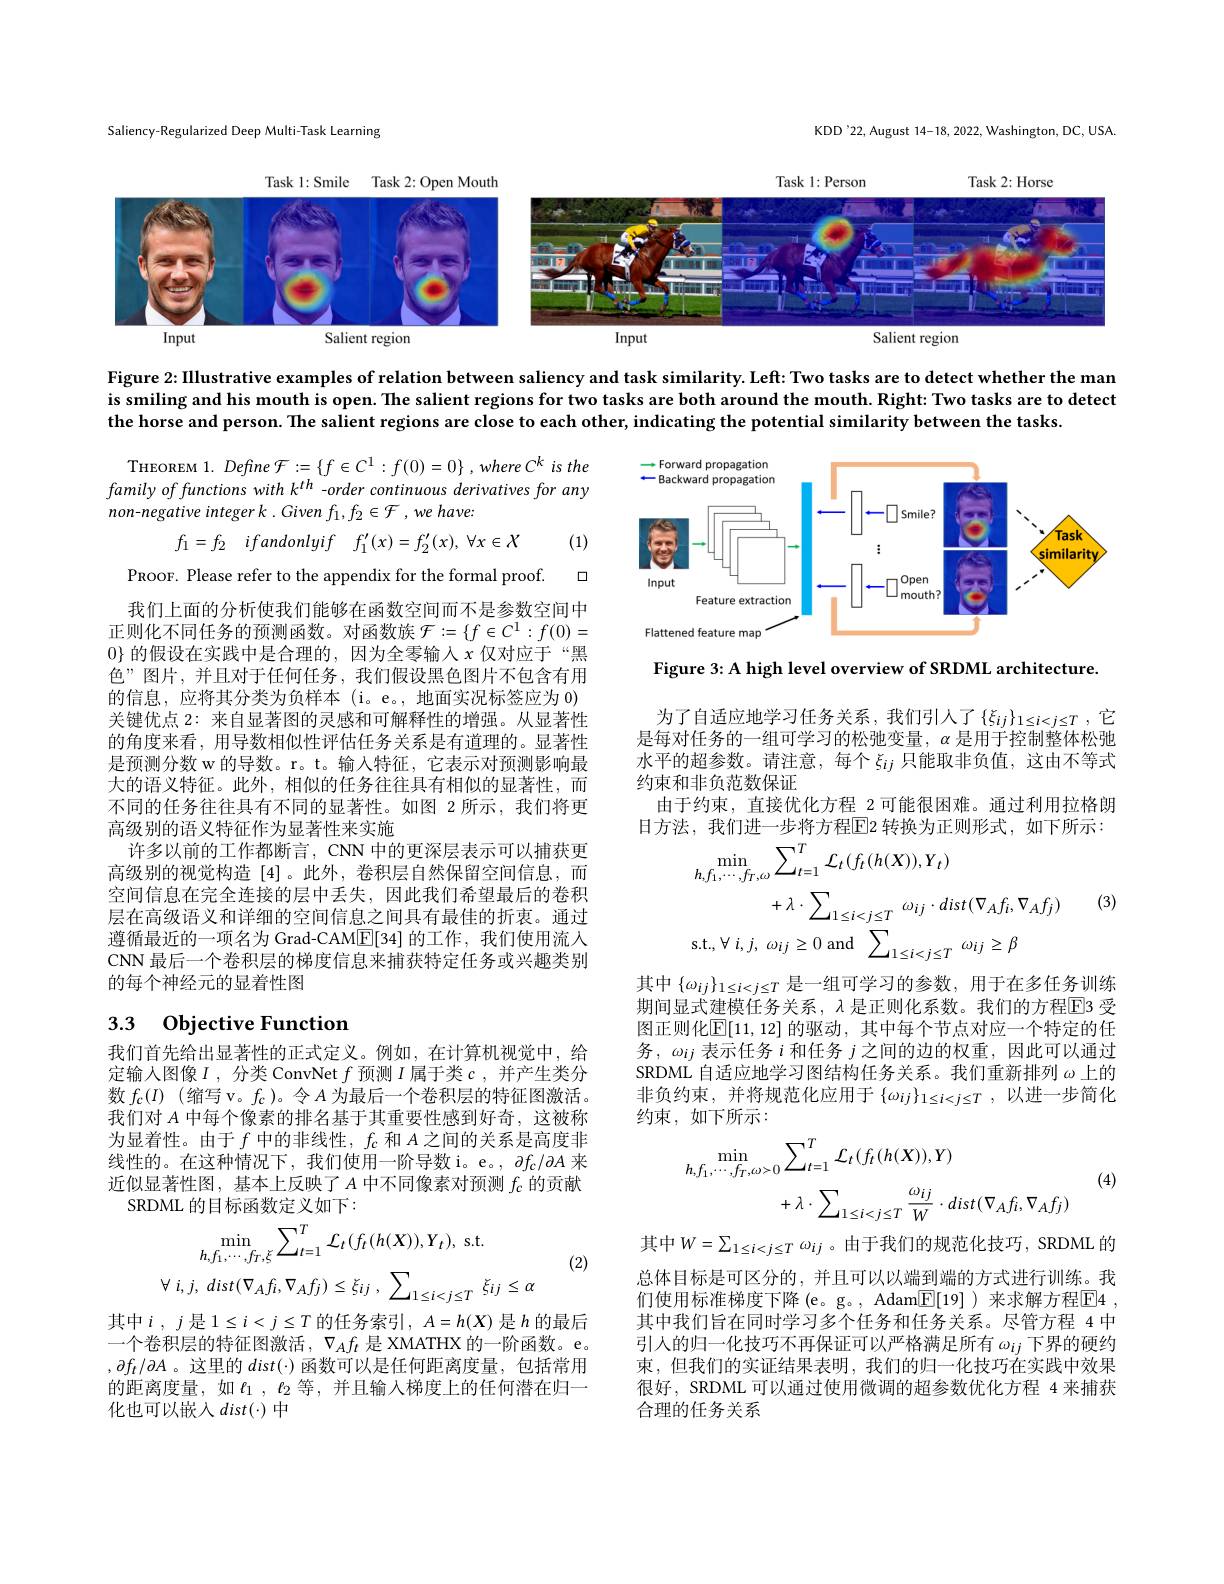
KDD'22, August 14-18, 2022, Washington, DC, USA.

Saliency-Regularized Deep Multi-Task Learning

Task l: Smile Task 2: Open Mouth
<FigureHere>

Task 1:Person

Task 2: Horse

Figure 2:IIlustrative examples of relation between saliency and task similarity. Leff: Two tasks are to detect whether the man is smiling and his mouth is open. The salient regions for two tasks are both around the mouth. Right: Two tasks are to detect the horse and person. The salient regions are close to each other, indicating the potential similarity between the tasks

THEOREM 1. Define $\mathcal{F}:=\{f\in C^{1}:f(0)=0\},whereC^{k}$ is the family of functions with k$^{th}$ -order continuous derivatives for any non-negative integer k . Given $f_1, f_2\in \mathcal{F}$ $, we$ $have:$
$$f_{1}=f_{2}\quad ifandonlyif\quad f_{1}^{\prime}(x)=f_{2}^{\prime}(x),\:\forall x\in X$$
$$f_1=f_2\quad ifandonlyif\quad f_1'(x)=f_2'(x),\:\forall x\in\mathcal{X}$$
(1)

<FigureHere>

口

PROOF. Please refer to the appendix for the formal proof.

Figure 3: A high level overview of SRDML architecture.

为了自适应地学习任务关系，我们引人了$\{\xi_ij\}_{1\leq i<j\leq T}$,它是每对任务的一组可学习的松弛变量，$\alpha$是用于控制整体松弛水平的超参数。请注意，每个$\xi_{ij}$ 只能取非负值，这由不等式约束和非负范数保证
由于约束，直接优化方程 2 可能很困难。通过利用拉格朗日方法，我们进一步将方程$\overline{\mathrm{E}}$2 转换为正则形式，如下所示：

我们上面的分析使我们能够在函数空间而不是参数空间中正则化不同任务的预测函数。对函数族$\mathcal{F}:=\{f\in C^1:f(0)=$ $0\}$的假设在实践中是合理的，因为全零输人$x$仅对应于“黑色”图片，并且对于任何任务，我们假设黑色图片不包含有用的信息，应将其分类为负样本(i。e。,地面实况标签应为0) 关键优点 2: 来自显著图的灵感和可解释性的增强。从显著性的角度来看，用导数相似性评估任务关系是有道理的。显著性是预测分数 w 的导数。r。t。输入特征，它表示对预测影响最大的语义特征。此外，相似的任务往往具有相似的显著性，而不同的任务往往具有不同的显著性。如图 2 所示，我们将更高级别的语义特征作为显著性来实施
许多以前的工作都断言，CNN 中的更深层表示可以捕获更高级别的视觉构造[4]。此外，卷积层自然保留空间信息，而空间信息在完全连接的层中丢失，因此我们希望最后的卷积层在高级语义和详细的空间信息之间具有最佳的折衷。通过遵循最近的一项名为 Grad-CAM$\mathbb{E}[34]$的工作，我们使用流人CNN 最后一个卷积层的梯度信息来捕获特定任务或兴趣类别的每个神经元的显着性图

(3)
$$\begin{aligned}&\min_{h,f_{1},\cdots,f_{T},\omega}\sum_{t=1}^{T}\mathcal{L}_{t}(f_{t}(h(X)),Y_{t})\\&+\lambda\cdot\sum_{1\leq i<j\leq T}\omega_{ij}\cdot dist(\nabla_{A}f_{i},\nabla_{A}f_{j})\\&\mathrm{s.t.,}\:\forall\:i,j,\:\omega_{ij}\geq0\:\mathrm{and}\:\sum_{1\leq i<j\leq T}\:\omega_{ij}\geq\beta\end{aligned}$$
# 3.3 Objective Function

其中$\{\omega_{ij}\}_{1\leq i<j\leq T}$是一组可学习的参数，用于在多任务训练期间显式建模任务关系，$\lambda$ 是正则化系数。我们的方程$\overline{\mathrm{E}}$3 受图正则化$\boxed{\mathbb{E}}[11,12]$ 的驱动 , 其中每个节点对应一个特定的任务，$\omega_{ij}$表示任务$i$和任务$j$之间的边的权重，因此可以通过SRDML 自适应地学习图结构任务关系。我们重新排列$\omega$上的非负约束，并将规范化应用于$\{\omega_{ij}\}_{1\leq i<j\leq T}$,以进一步简化约束，如下所示：

我们首先给出显著性的正式定义。例如，在计算机视觉中，给定输入图像$I$,分类 ConvNet $f$预测$I$属于类$c$,并产生类分数$f_c( I)$ (缩写 v。$f_c$ )。令$A$为最后一个卷积层的特征图激活。我们对$A$中每个像素的排名基于其重要性感到好奇，这被称为显着性。由于$f$中的非线性，$f_c$和$A$之间的关系是高度非线性的。在这种情况下，我们使用一阶导数 i。e。, $\partial f_c/\partial A$来近似显著性图，基本上反映了$A$中不同像素对预测$f_{\mathfrak{c}}$的贡献
SRDML 的目标函数定义如下：

(4)
$$\begin{aligned}\operatorname*{min}_{h,f_{1},\cdots,f_{T},\omega>0}&\sum_{t=1}^{T}\mathcal{L}_{t}(f_{t}(h(X)),Y)\\&+\lambda\cdot\sum_{1\leq i<j\leq T}\frac{\omega_{ij}}{W}\cdot dist(\nabla_{A}f_{i},\nabla_{A}f_{j})\end{aligned}$$
(2)
$$\min_{h,f_{1},\cdots,f_{T},\xi}\sum_{t=1}^{T}\mathcal{L}_{t}(f_{t}(h(X)),Y_{t}),\mathrm{~s.t.}\\\forall\:i,j,\:dist(\nabla_{A}f_{i},\nabla_{A}f_{j})\leq\xi_{ij}\:,\:\sum_{1\leq i<j\leq T}\:\xi_{ij}\leq\alpha $$
其中$W=\sum_{1\leq i<j\leq T}\omega_{ij}$ 。由于我们的规范化技巧，SRDML 的总体目标是可区分的，并且可以以端到端的方式进行训练。我们使用标准梯度下降(e。g。, Adam$\boxed{\mathrm{F}}[19]$)来求解方程$\boxed{\mathrm{E}}4$, 其中我们旨在同时学习多个任务和任务关系。尽管方程 4 中引人的归一化技巧不再保证可以严格满足所有$\omega_{ij}$下界的硬约束，但我们的实证结果表明，我们的归一化技巧在实践中效果很好，SRDML 可以通过使用微调的超参数优化方程 4 来捕获合理的任务关系

其中$i,j$是$1\leq i<j\leq T$的任务索引$,A=h(X)$ 是$h$的最后一个卷积层的特征图激活，$\nabla_Af_t$是 XMATHX 的一阶函数。e。$,\partial f_t/\partial A$。这里的$dist(\cdot)$函数可以是任何距离度量，包括常用的距离度量，如$t_1$ , $t_2$ 等，并且输入梯度上的任何潜在归一化也可以嵌入$dist(\cdot)$ 中